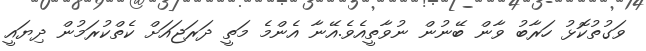
ވަގުތުކޮޅު ހަރާބު ވާން ބޭނުން ނުވާތީއެވެ.އޭނާ އެންމެ މަތީ ދަރަޖައަށް ކެތްކުރަމުން ދިޔައީ